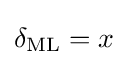
\delta _{\text{ML}}=x\,\!